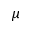
\mu